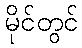
မိုင်တွင်